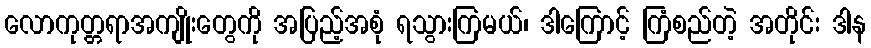
လောကုတ္တရာအကျိုးတွေကို အပြည့်အစုံ ရသွားကြမယ်၊ ဒါကြောင့် ကြံစည်တဲ့ အတိုင်း ဒါန